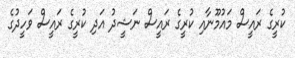
ކުރީގެ ރައީސް މައުމޫނާއި ކުރީގެ ރައީސް ނަޝީދު އަދި ކުރީގެ ރައީސް ވަހީދުގެ